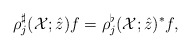
\begin{align*} \rho^{\sharp}_{j}(\mathcal{X}; \hat{z})f = \rho^{\flat}_{j}(\mathcal{X}; \hat{z})^{*}f, \end{align*}